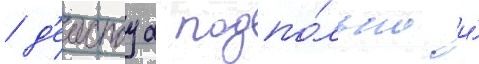
/ д'еиствуа подпо́льно и́